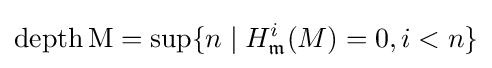
\operatorname {depth} \operatorname {M} =\sup\{n\mid H_{\mathfrak {m}}^{i}(M)=0,i<n\}